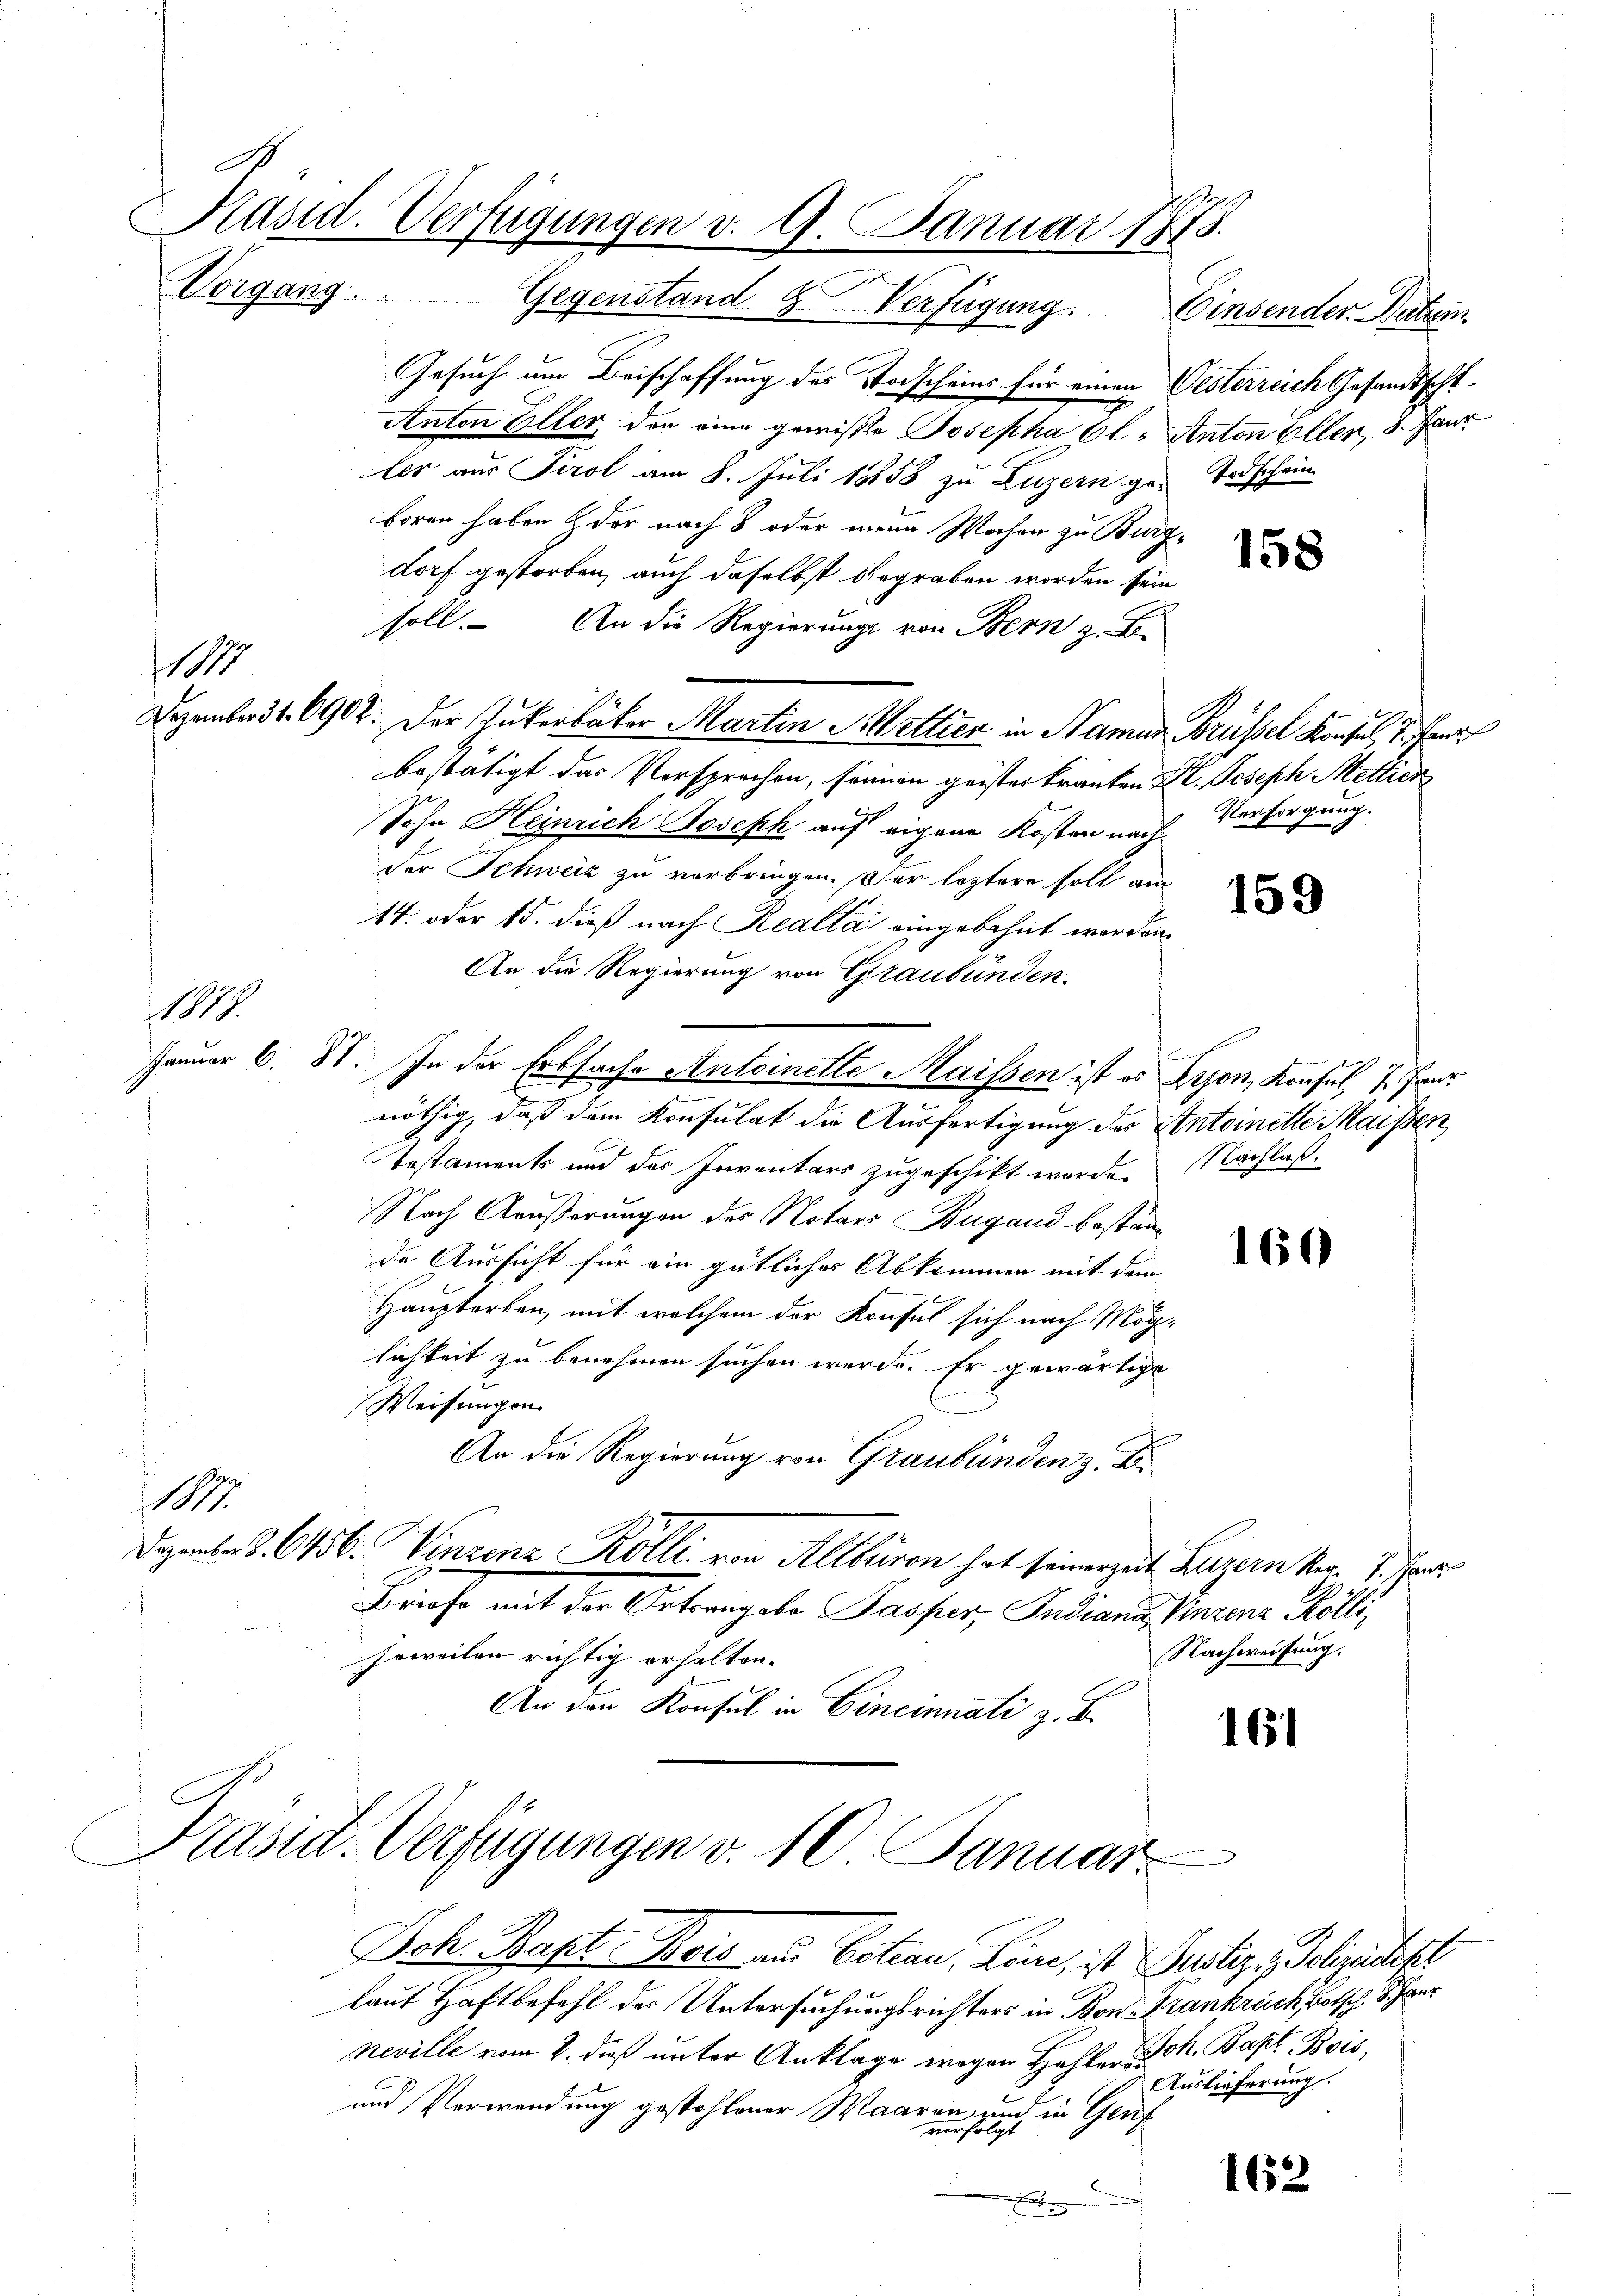
x

1877

Vorgang. Gegenstand & Verfügung. Einsender Natum
Gesuch um Beischaffung des Todscheins für einen Oesterreich Gesandtscht¬
Anton Eller, den eine gewiste Josepha Cl. Anton Ellen, 8. Janr
ler aus Tirol am 8. Juli 18858 zu Luzern ge- Todschein
boren haben & der nach 8 oder mein Wochen zu Burgdorf gestorben, auch daselbst begraben worden sein
soll. An die Regierung von Bern z. B.
Dezembert. 6902. Der Zukerbater Martin Hettier in Namen Brüssel Konsul 7. Jann
bestätigt das Versprechen, seinen geister kranken St. Joseph Mettier
Sohn Heinrich Joseph auf eigene Kosten nachder Schweiz zu verbringen. Der leztere soll am
14. oder 15. dieß nach Realla eingebahnt worden.
An die Regierung von Graubünden.
1878.
Januar 6. 81. In der Erbsache Antoinette Maissen ist es Lyon, Konsul 7. Fer
nöthig, daß dem Konsulat die Ausfertigung des Antoinette Maissen
Testaments und des Inventars zugeschikt wurde. Nachlaß¬
Nach Außerungen des Notars Bugand bestande Aussicht für ein gütlicher Abkommen mit dem
Hauptarben, mit welchem der Konsul sich nach Möglichkeit zu benehmen suchen werde. Er gewärtige
Weisungen.
An die Regierung von Graubünden z. B.
1877.
Dezember S. 6456. Vinzenz Kölli, von Altburen hat seinergut Luzern ker. 1. Janr
Briefe mit der Ortrangebe Pasper, Indiana, Verenz Kölli,
Nachweisung.
soweilen richtig erhalten.
An den Konsul in Cincinnati z. B.
161

Präsid. Verfügungen v. 9. Januar 1878.

Präsid. Verfügungen v. 10 Januar.

Ich. Bapt. Bois aus Botian, Löne, ist Zustiz, Polizeilicht
lauf Haftbefehl der Untersuchungsrichters in Bon Frankreich, Botsch. 8. Janr
neville vom 2. dieß unter Anklage wegen Hehlen Frk. Bapt. Bois,
und Verwendung gestohlener Waaren, und in Genf
verfolgt
.

158

Versorgung.

159

160

Auslieferung.

162